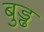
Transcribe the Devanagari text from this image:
बुड्ढ